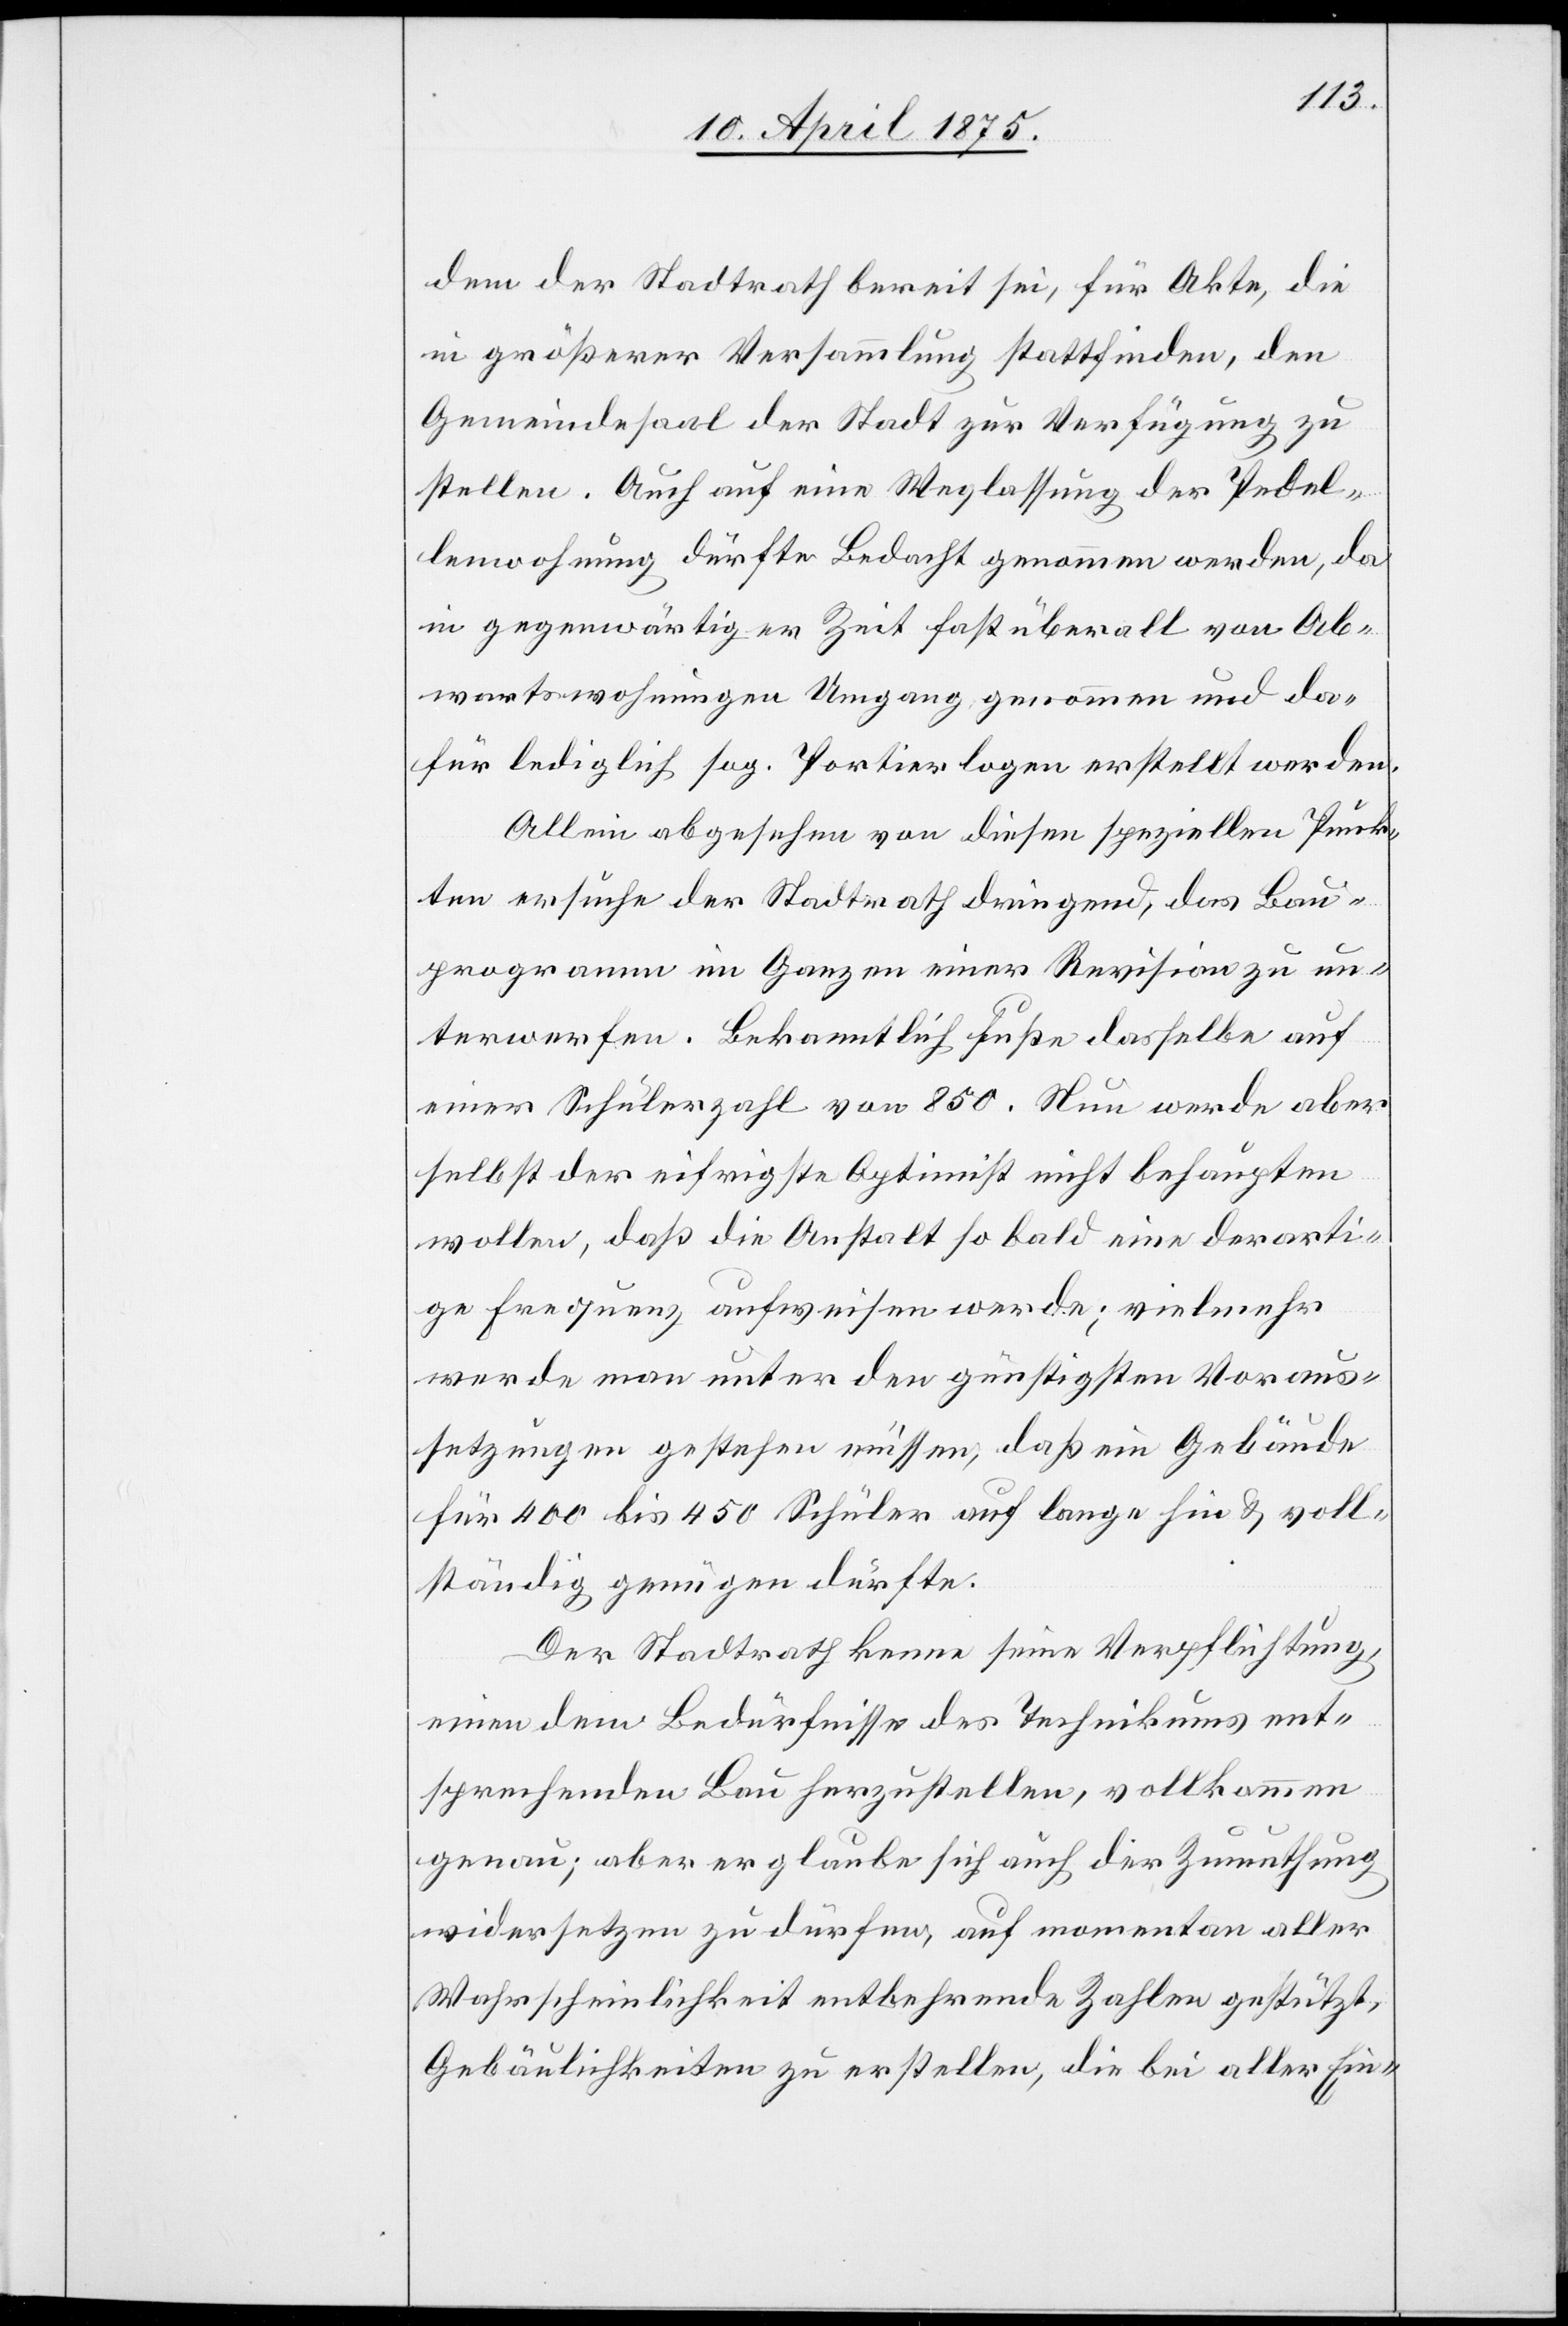
dem der Stadtrath bereit sei, für Akte, die
in größerer Versammlung stattfinden, den
Gemeindesaal der Stadt zur Verfügung zu
stellen. Auch auf eine Weglassung der Pedel¬
lenwohnung dürfte Bedacht genommen werden, da
in gegenwärtiger Zeit fast überall von Ab¬
wartswohnungen Umgang genommen und da¬
für lediglich sog. Portierlogen erstellt werden.
Allein abgesehen von diesen speziellen Punk¬
ten ersuche der Stadtrath dringend, das Bau¬
programm im Ganzen einer Revision zu un¬
terwerfen. Bekanntlich fuße dasselbe auf
einer Schülerzahl von 850. Neu werde aber
selbst der eifrigste Optimist nicht behaupten
wollen, daß die Anstalt so bald eine derarti¬
ge Frequenz aufweisen werde; vielmehr
werde man unter den günstigsten Voraus¬
setzungen gestehen müssen, daß ein Gebäude
für 400 bis 450 Schüler auf lange hin & voll¬
ständig genügen dürfte.
Der Stadtrath kenne seine Verpflichtung,
einen dem Bedürfnisse des Technikums ent¬
sprechenden Bau herzustellen, vollkommen
genau, aber erlaube sich auch der Zumuthung
widersetzen zu dürfen, auf momentan aller
Wahrscheinlichkeit entbehrende Zahlen gestützt,
Gebäulichkeiten zu erstellen, die bei aller Ein-